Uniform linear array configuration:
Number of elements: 64
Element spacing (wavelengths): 0.5
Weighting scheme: hann
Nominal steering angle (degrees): -15
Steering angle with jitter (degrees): -15.061
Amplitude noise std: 0.05
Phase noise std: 0.05

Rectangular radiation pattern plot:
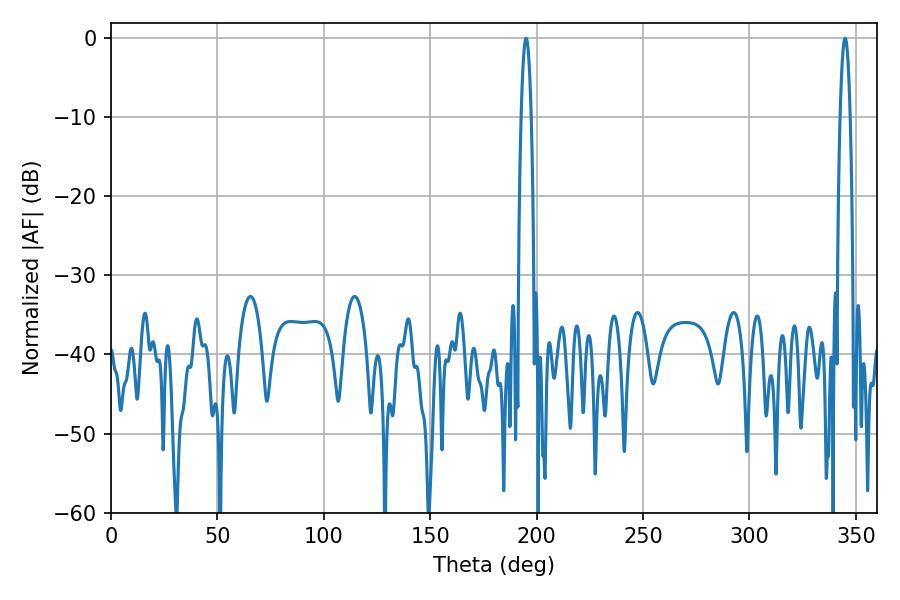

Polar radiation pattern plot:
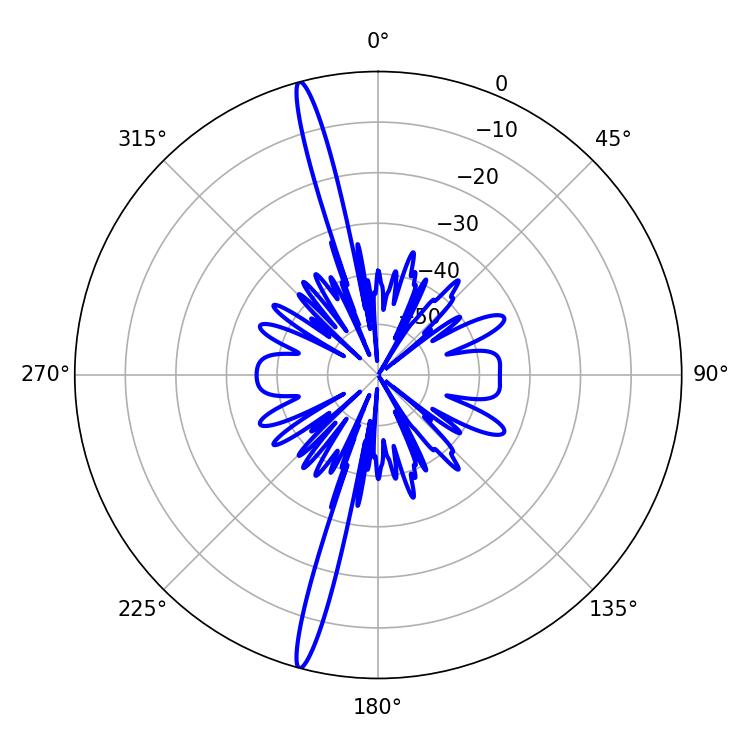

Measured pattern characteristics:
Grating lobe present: FALSE
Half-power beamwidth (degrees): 2.52
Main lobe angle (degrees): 195.12